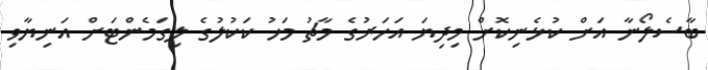
ބާސެލޯނާ އަށް ކުޅެނިކޮށް މިދިޔަ އަހަރުގެ މާޗު މަހު ކަކުލުގެ ލިގަމެންޓަށް އަނިޔާވި